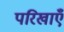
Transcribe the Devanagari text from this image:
परिखाएँ